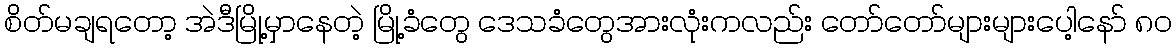
စိတ်မချရတော့ အဲဒီမြို့မှာနေတဲ့ မြို့ခံတွေ ဒေသခံတွေအားလုံးကလည်း တော်တော်များများပေါ့နော် ၈၀